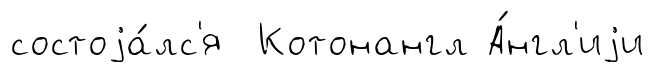
состоjа́лс'я Котонангл А́нгл'иjи